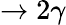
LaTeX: \to 2\gamma